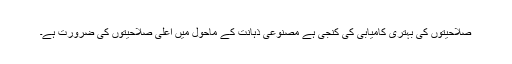
صلاحیتوں کی بہتری کامیابی کی کنجی ہے مصنوعی ذہانت کے ماحول میں اعلی صلاحیتوں کی ضرورت ہے۔